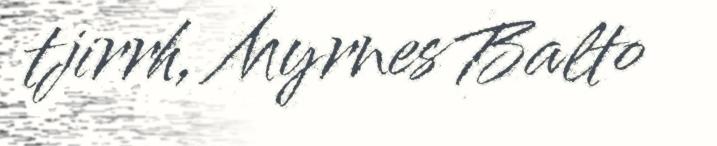
tjirrh, Myrnes Balto